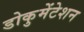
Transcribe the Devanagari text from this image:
डोकुमेंटेशन